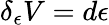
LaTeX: \delta_{\epsilon}V=d\epsilon